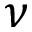
\nu